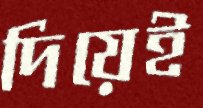
দিয়েই